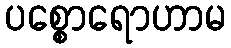
ပစ္စောရောဟာမ